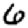
Digit: 6